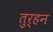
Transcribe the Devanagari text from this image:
तुर्हन